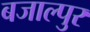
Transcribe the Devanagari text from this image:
बजाल्पुर